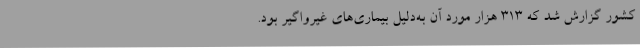
کشور گزارش شد که 313 هزار مورد آن به‌دلیل بیماری‌های غیرواگیر بود.